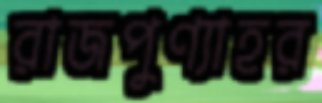
রাজপুণ্যাহর